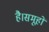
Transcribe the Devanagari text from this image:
है।समूहों